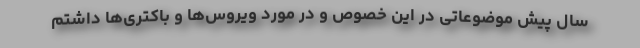
سال پیش موضوعاتی در این خصوص و در مورد ویروس‌ها و باکتری‌ها داشتم